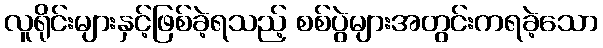
လူရိုင်းများနှင့်ဖြစ်ခဲ့ရသည့် စစ်ပွဲများအတွင်းကရခဲ့သော